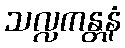
သလ္လကန္တနံ